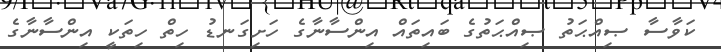
ކަވާސާ ޞިއްޙަތު ޞިއްޙަތުގެ ބައިތައް އިންސާނާގެ ހަށިގަނޑު ހިތް ހިތަކީ އިންސާނާގެ